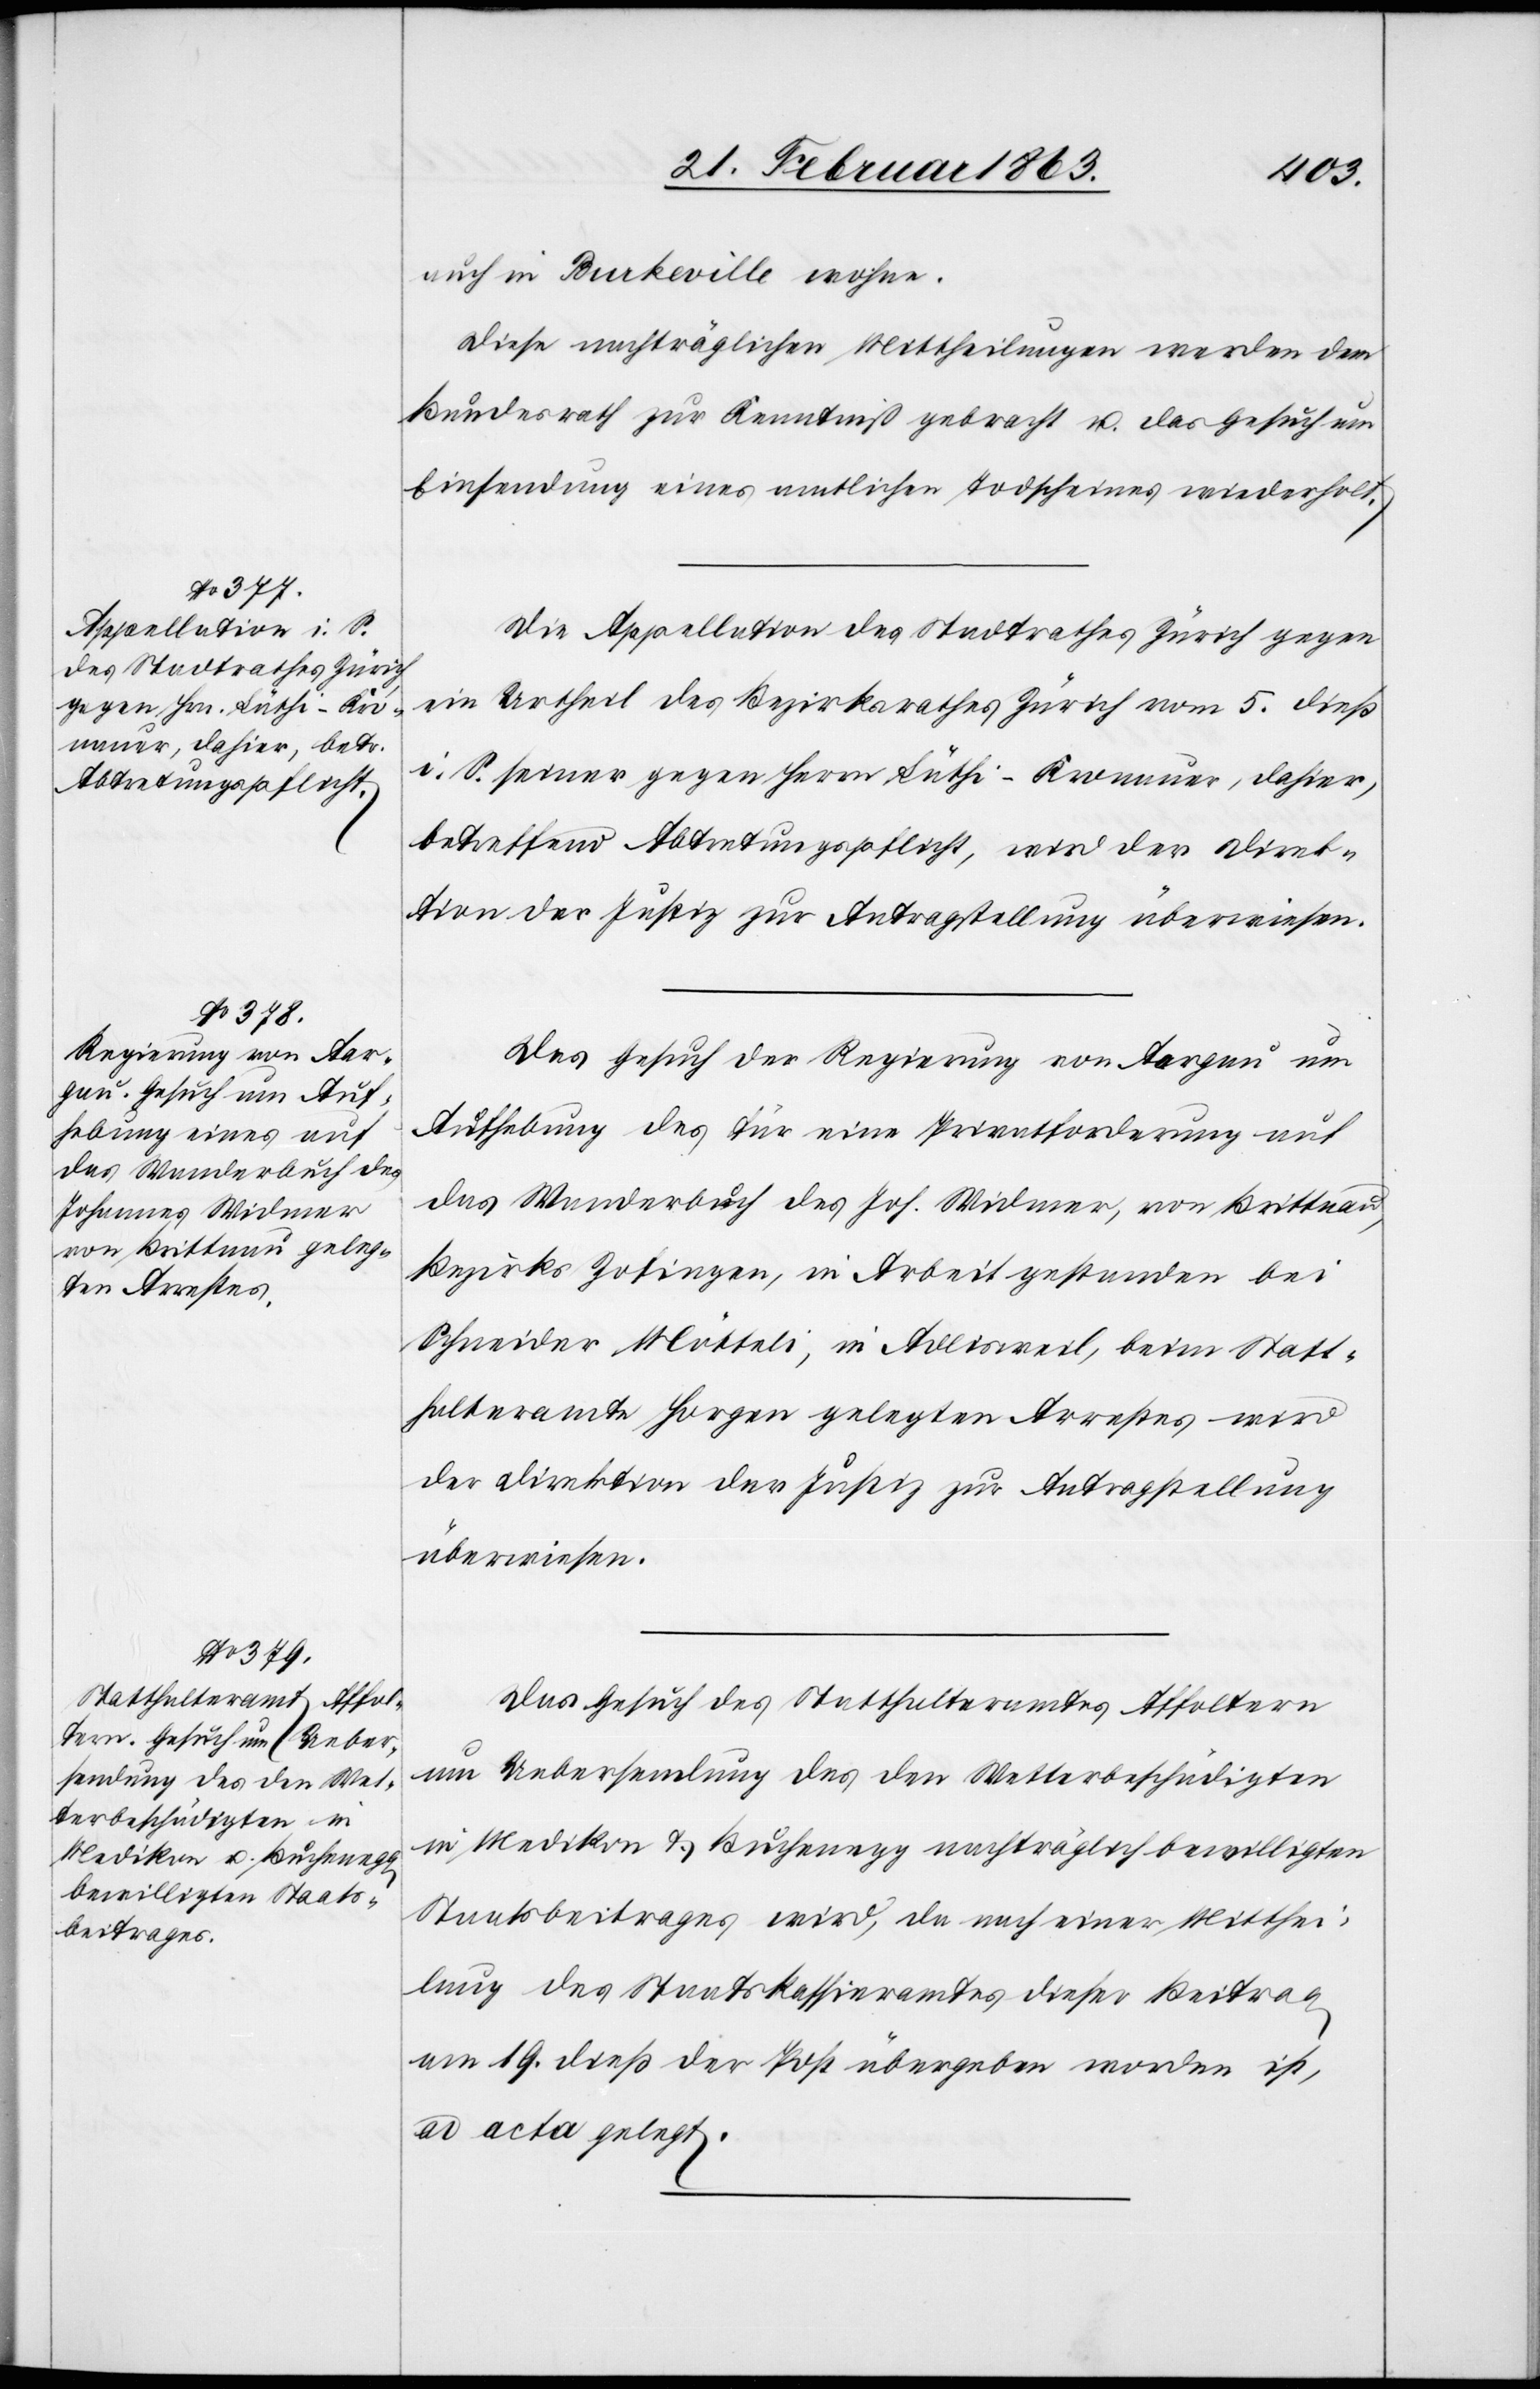
23. Februar 1863.]
auch in Burkeville wohne.
Diese nachträglichen Mittheilungen werden dem
Bundesrath zur Kenntniß gebracht u. das Gesuch um
Einsendung eines amtlichen Todscheines wiederholt.
Die Appellation des Stadtrathes Zürich gegen
ein Urtheil des Bezirksrathes Zürich vom 5. dieß
i. S. seiner gegen Herrn Lüthi-Kronauer, dahier,
betreffend Abtretungspflicht, wird der Direk¬
tion der Justiz zur Antragstellung überwiesen.
Das Gesuch der Regierung von Aargau um
Aufhebung des für eine Privatforderung auf
das Wanderbuch des Joh. Widmer, von Brittnau,
Bezirks Zofingen, in Arbeit gestanden bei
Schneider Mötteli, in Adlisweil, beim Statt¬
halteramte Horgen gelegten Arrestes wird
der Direktion der Justiz zur Antragstellung
überwiesen.
Das Gesuch des Statthalteramtes Affoltern
um Uebersendung des den Wetterbeschädigten
in Medikon & Buchenegg nachträglich bewilligten
Staatsbeitrages wird, da nach einer Mitthei¬
lung des Staatskassieramtes dieser Beitrag
am 19. dieß der Post übergeben worden ist,
ad acta gelegt.